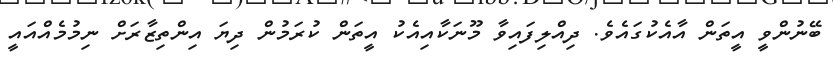
ބޭނުންވީ އީތަން އާއެކުގައެވެ. ދިއްލިފައިވާ މޫނަކާއިއެކު އީތަން ކުރަމުން ދިޔަ އިންތިޒާރަށް ނިމުމެއްއައީ